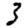
Digit: 3